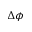
\Delta \phi